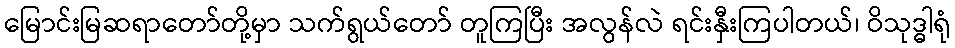
မြောင်းမြဆရာတော်တို့မှာ သက်ရွယ်တော် တူကြပြီး အလွန်လဲ ရင်းနှီးကြပါတယ်၊ ဝိသုဒ္ဓါရုံ